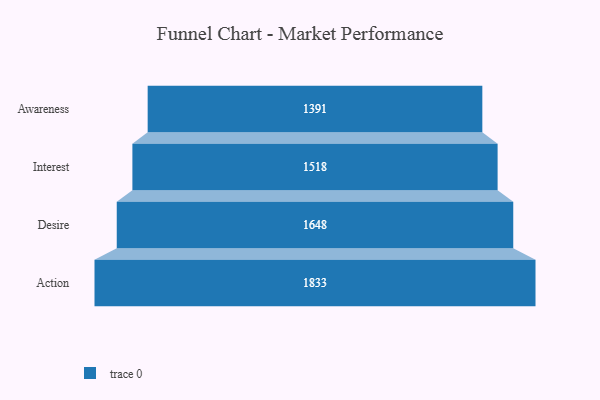
{"axis": {"x": "Stage", "y": "Value"}, "legend": [""], "data": [{"x": "Awareness", "y": 1391.0, "type": ""}, {"x": "Interest", "y": 1518.0, "type": ""}, {"x": "Desire", "y": 1648.0, "type": ""}, {"x": "Action", "y": 1833.0, "type": ""}]}